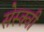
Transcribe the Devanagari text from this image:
सेस्क्वी